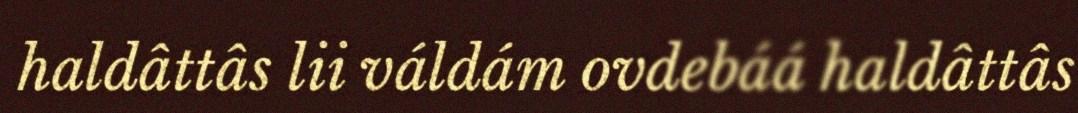
haldâttâs lii váldám ovdebáá haldâttâs